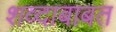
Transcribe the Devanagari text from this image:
शव्दाबाबत